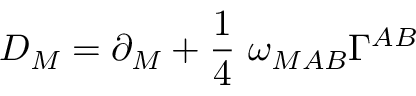
D _ { M } = \partial _ { M } + { \frac { 1 } { 4 } } ~ \omega _ { M A B } \Gamma ^ { A B }